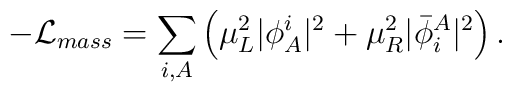
-{\cal L}_{mass}=\sum_{i,A}\left( \mu_L^2\vert \phi_A^i \vert^2 +\mu_R^2\vert {\bar {\phi}}_i^A \vert^2 \right).